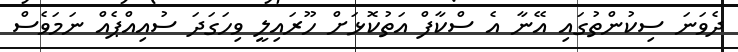
ދެވަނަ ސިކުންތުގައި އޭނާ އެ ސްކާފް އަތުކޮޅަށް ހޫރައިލީ ވިހަގަދަ ސުއިއްޕެއް ނަމަވެސް